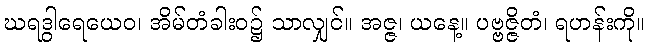
ဃရဒွါရေယေဝ၊ အိမ်တံခါးဝ၌ သာလျှင်။ အဇ္ဇ၊ ယနေ့။ ပဗ္ဗဇ္ဇိတံ၊ ရဟန်းကို။